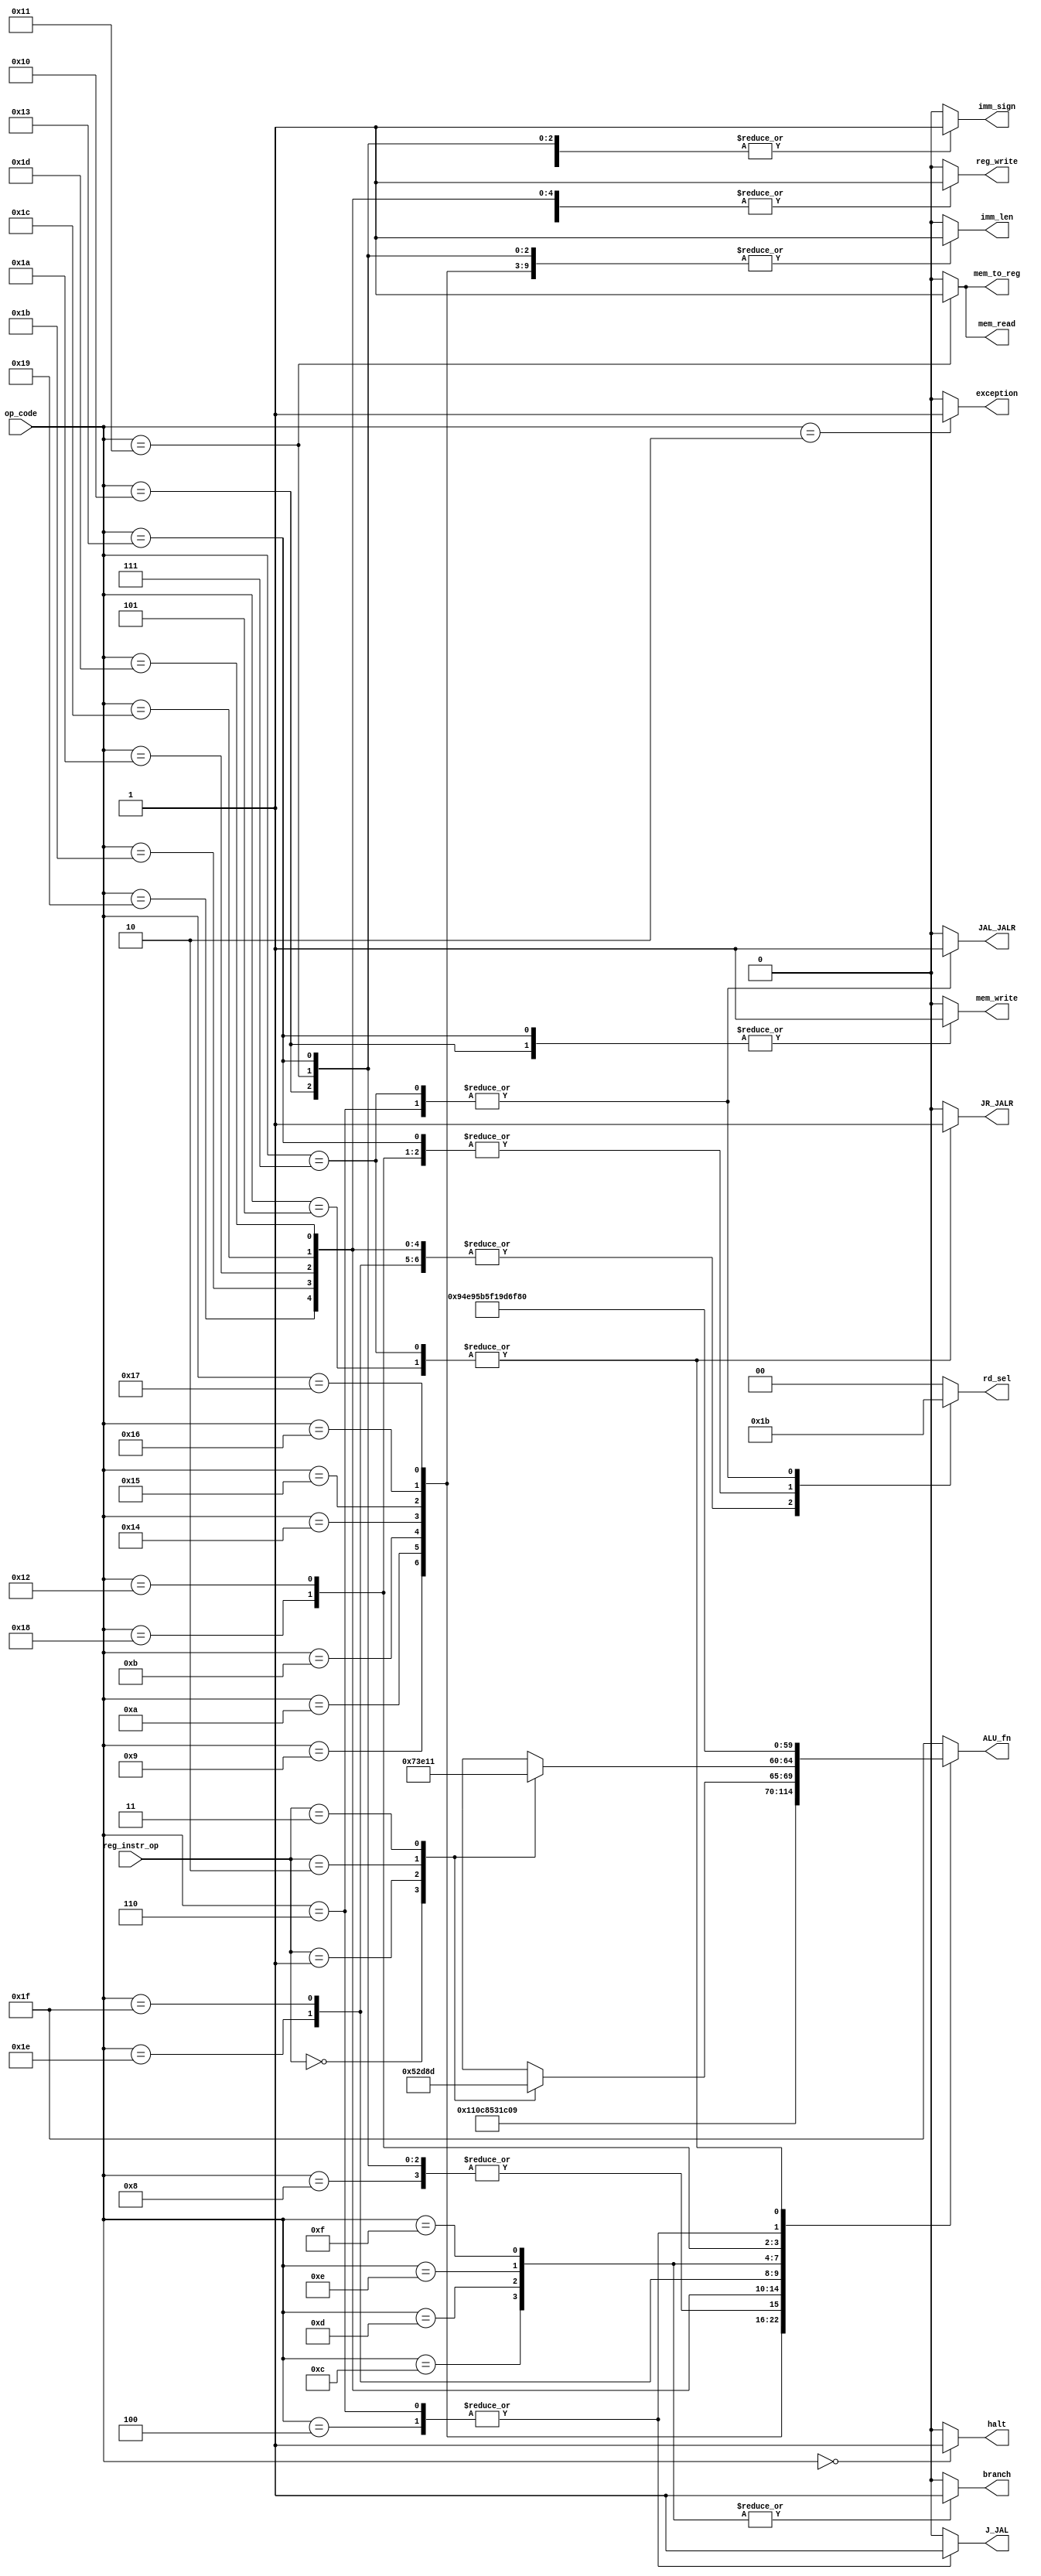
//////////////////////////////////////////////
// Project      : WiscSP13 - Unpipelined    //
// Module       : control_fsm               //
// Descrption   : Provides control signal   //
//              : to the processor          //
//////////////////////////////////////////////

module control_fsm ( op_code, reg_instr_op, halt, exception, reg_write, imm_len, imm_sign, 
                     mem_write, mem_read, branch, mem_to_reg, J_JAL, JR_JALR, JAL_JALR, rd_sel, ALU_fn);

/*****************************************************|
|********* Input/ Output Signal Declarations *********|
|*****************************************************/
    //Input CLK & RST

    //Input Signals
    
    //Input Control Signals
    input wire  [4:0]   op_code;

    input wire  [1:0]   reg_instr_op;
    
    //Output Control Signals
    output  reg     halt,
                    exception,
                    reg_write,
                    imm_len,
                    imm_sign,
                    mem_write,
                    mem_read,
                    branch,
                    mem_to_reg,
                    J_JAL,
                    JR_JALR,
                    JAL_JALR;
    
    output  reg  [1:0] rd_sel;
    
    output  reg  [4:0] ALU_fn;
    
/*****************************************************|
|********** Internal Signal Declarations *************|
|*****************************************************/
	localparam  [4:0]   ALU_HALT_NOP    = 5'b1_1111,

                        ALU_ADDI        = 5'b0_0000,
                        ALU_SUBI        = 5'b0_0001, 
                        ALU_XORI        = 5'b0_0010,
                        ALU_ANDNI       = 5'b0_0011,
                        ALU_ROLI        = 5'b0_0100,
                        ALU_SLLI        = 5'b0_0101,
                        ALU_RORI        = 5'b0_0110,
                        ALU_SRLI        = 5'b0_0111,
    
                        ALU_MEM_OPS     = 5'b0_1000,
                        ALU_BTR         = 5'b0_1001,
                        ALU_ADD         = 5'b0_1010,
                        ALU_SUB         = 5'b0_1011,
                        ALU_XOR         = 5'b0_1100,
                        ALU_ANDN        = 5'b0_1101,
                        ALU_ROL         = 5'b0_1110,
                        ALU_SLL         = 5'b0_1111,
    
                        ALU_ROR         = 5'b1_0000,
                        ALU_SRL         = 5'b1_0001,
                        ALU_SEQ         = 5'b1_0010,
                        ALU_SLT         = 5'b1_0011,
                        ALU_SLE         = 5'b1_0100,
                        ALU_SCO         = 5'b1_0101,
                        ALU_BEQZ        = 5'b1_0110,
                        ALU_BNEZ        = 5'b1_0111,
    
                        ALU_BLTZ        = 5'b1_1000,
                        ALU_BGEZ        = 5'b1_1001,
                        ALU_LBI         = 5'b1_1010,
                        ALU_SLBI        = 5'b1_1011,
                        ALU_J           = 5'b1_1100,
                        ALU_JR          = 5'b1_1101;

    localparam [4:0]    HALT    = 5'h00,
                        NOP     = 5'h01,
                        ADDI    = 5'h08,
                        SUBI    = 5'h09,
                        XORI    = 5'h0A,
                        ANDNI   = 5'h0B,
                        ROLI    = 5'h14,
                        SLLI    = 5'h15,
                        RORI    = 5'h16,
                        SRLI    = 5'h17,
                        ST      = 5'h10,
                        LD      = 5'h11,
                        STU     = 5'h13,
                        BTR     = 5'h19,
                        ARITH_R = 5'h1B,
                        SHIFT_R = 5'h1A,
                        SEQ     = 5'h1C,
                        SLT     = 5'h1D,
                        SLE     = 5'h1E,
                        SCO     = 5'h1F,
                        BEQZ    = 5'h0C,
                        BNEZ    = 5'h0D,
                        BLTZ    = 5'h0E,
                        BGEZ    = 5'h0F,
                        LBI     = 5'h18,
                        SLBI    = 5'h12,
                        J       = 5'h04,
                        JAL     = 5'h06,
                        JR      = 5'h05,
                        JALR    = 5'h07,
                        SIIC    = 5'h02,
                        RTI     = 5'h03;

/*****************************************************|
|********* Internal Module Instantitations ***********|
|*****************************************************/
	//None

/*****************************************************|
|***************** Internal Logic ********************|
|*****************************************************/
	always @(*) begin
        
        halt = 1'b0;
        exception = 1'b0;
        rd_sel = 2'b00;
        reg_write = 1'b0;
        imm_len = 1'b0;
        imm_sign = 1'b0;
        mem_write = 1'b0;
        mem_read = 1'b0;
        branch = 1'b0;
        mem_to_reg = 1'b0;
        J_JAL = 1'b0;
        JR_JALR = 1'b0;
        JAL_JALR = 1'b0;
        ALU_fn = 5'h1F;

        case (op_code)
            HALT : begin
                halt = 1'b1;
            end 

            ADDI : begin
                reg_write = 1'b1;
                imm_len = 1'b1;
                imm_sign = 1'b1;
                ALU_fn = ALU_ADDI;
            end

            SUBI : begin
                reg_write = 1'b1;
                imm_len = 1'b1;
                imm_sign = 1'b1;
                ALU_fn = ALU_SUBI;
            end

            XORI : begin
                reg_write = 1'b1;
                imm_len = 1'b1;
                ALU_fn = ALU_XORI;
            end

            ANDNI : begin
                reg_write = 1'b1;
                imm_len = 1'b1;
                ALU_fn = ALU_ANDNI;
            end

            ROLI : begin
                reg_write = 1'b1;
                imm_len = 1'b1;
                ALU_fn = ALU_ROLI;
            end

            SLLI : begin
                reg_write = 1'b1;
                imm_len = 1'b1;
                ALU_fn = ALU_SLLI;
            end

            RORI : begin
                reg_write = 1'b1;
                imm_len = 1'b1;
                ALU_fn = ALU_RORI;
            end
            
            SRLI : begin
                reg_write = 1'b1;
                imm_len = 1'b1;
                ALU_fn = ALU_SRLI;
            end

            ST : begin
                imm_len = 1'b1;
                imm_sign = 1'b1;
                mem_write = 1'b1;
                ALU_fn = ALU_ADDI;
            end

            LD : begin
                reg_write = 1'b1;
                imm_len = 1'b1;
                imm_sign = 1'b1;
                mem_read = 1'b1;
                mem_to_reg = 1'b1;
                ALU_fn = ALU_ADDI;
            end

            STU : begin
                rd_sel = 2'b10;
                reg_write = 1'b1;
                imm_len = 1'b1;
                imm_sign = 1'b1;
                mem_write = 1'b1;
                ALU_fn = ALU_ADDI;
            end

            BTR : begin
                rd_sel = 2'b01;
                reg_write = 1'b1;
                ALU_fn = ALU_BTR;
            end

            ARITH_R : begin
                rd_sel = 2'b01;
                reg_write = 1'b1;
                case (reg_instr_op)
                    2'b00 : ALU_fn = ALU_ADD; 
                    2'b01 : ALU_fn = ALU_SUB; 
                    2'b10 : ALU_fn = ALU_XOR; 
                    2'b11 : ALU_fn = ALU_ANDN; 
                    // default: ALU_fn = ALU_ADD;
                endcase
            end

            SHIFT_R : begin
                rd_sel = 2'b01;
                reg_write = 1'b1;
                case (reg_instr_op)
                    2'b00 : ALU_fn = ALU_ROL; 
                    2'b01 : ALU_fn = ALU_SLL; 
                    2'b10 : ALU_fn = ALU_ROR; 
                    2'b11 : ALU_fn = ALU_SRL; 
                    // default: ALU_fn = ALU_ROL;
                endcase
            end

            SEQ : begin
                rd_sel = 2'b01;
                reg_write = 1'b1;
                ALU_fn = ALU_SEQ;
            end

            SLT : begin
                rd_sel = 2'b01;
                reg_write = 1'b1;
                ALU_fn = ALU_SLT;
            end

            SLE : begin
                rd_sel = 2'b01;
                reg_write = 1'b1;
                ALU_fn = ALU_SLE;
            end

            SCO : begin
                rd_sel = 2'b01;
                reg_write = 1'b1;
                ALU_fn = ALU_SCO;
            end

            BEQZ : begin
                imm_sign = 1'b1;
                branch = 1'b1;
                ALU_fn = ALU_BEQZ;
            end

            BNEZ : begin
                imm_sign = 1'b1;
                branch = 1'b1;
                ALU_fn = ALU_BNEZ;
            end

            BLTZ : begin
                imm_sign = 1'b1;
                branch = 1'b1;
                ALU_fn = ALU_BLTZ;
            end

            BGEZ : begin
                imm_sign = 1'b1;
                branch = 1'b1;
                ALU_fn = ALU_BGEZ;
            end

            LBI : begin
                rd_sel = 2'b10;
                reg_write = 1'b1;
                imm_sign = 1'b1;
                ALU_fn = ALU_LBI;
            end
            
            SLBI : begin
                rd_sel = 2'b10;
                reg_write = 1'b1;
                ALU_fn = ALU_SLBI;
            end

            J : begin
                J_JAL = 1'b1;
                imm_sign = 1'b1;
                ALU_fn = ALU_J;
            end

            JAL : begin
                rd_sel = 2'b11;
                reg_write = 1'b1;
                J_JAL = 1'b1;
                JAL_JALR = 1'b1;
                imm_sign = 1'b1;
                ALU_fn = ALU_J;
            end

            JR : begin
                JR_JALR = 1'b1;
                imm_sign = 1'b1;
                ALU_fn = ALU_JR;
            end

            JALR : begin
                rd_sel = 2'b11;
                reg_write = 1'b1;
                JR_JALR = 1'b1;
                JAL_JALR = 1'b1;
                imm_sign = 1'b1;
                ALU_fn = ALU_JR;
            end

            SIIC : begin
                exception = 1'b1;
                ALU_fn = 5'h1F;
            end

            RTI : begin
                ALU_fn = 5'h1F;
            end

            default: begin
                halt = 1'b0;
                exception = 1'b0;
                rd_sel = 2'b00;
                reg_write = 1'b0;
                imm_len = 1'b0;
                imm_sign = 1'b0;
                mem_write = 1'b0;
                mem_read = 1'b0;
                branch = 1'b0;
                mem_to_reg = 1'b0;
                J_JAL = 1'b0;
                JR_JALR = 1'b0;
                ALU_fn = 5'h1F;
            end
        endcase
    end
    
endmodule